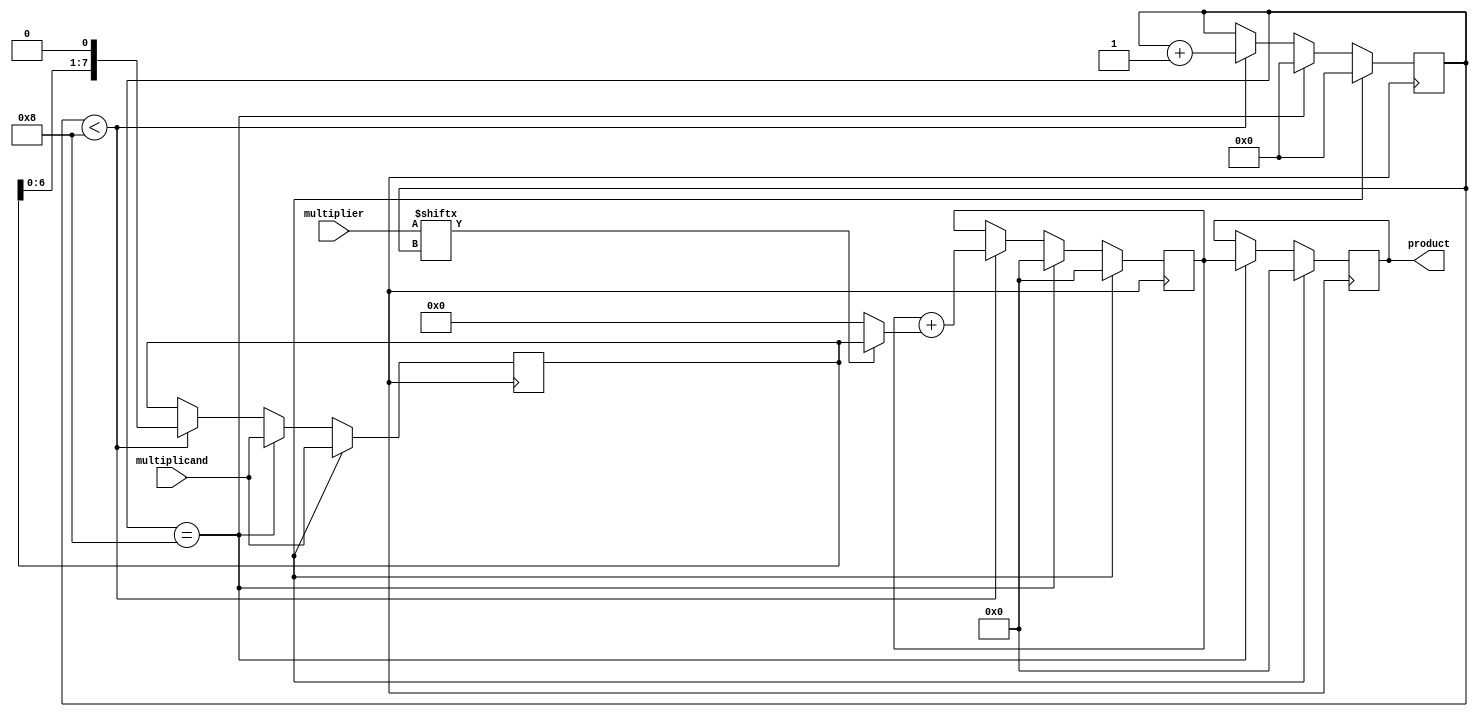
module shift_and_add_multiplier (
    input wire [7:0] multiplicand,
    input wire [7:0] multiplier,
    output reg [15:0] product
);

reg [15:0] partial_product;
reg [7:0] shift_register;
reg [3:0] shift_cnt;

always @(posedge clk) begin
    if (reset) begin
        product <= 16'h0000;
        partial_product <= 16'h0000;
        shift_register <= multiplicand;
        shift_cnt <= 4'h0;
    end else begin
        // Shift and Add multiplier logic
        if (shift_cnt < 8) begin
            partial_product <= partial_product + (multiplier[shift_cnt] ? shift_register : 16'h0000);
            shift_register <= shift_register << 1;
            shift_cnt <= shift_cnt + 1;
        end 
        
        if (shift_cnt == 8) begin
            product <= partial_product;
            partial_product <= 16'h0000;
            shift_register <= multiplicand;
            shift_cnt <= 4'h0;
        end
    end
end

endmodule